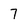
Character: 7